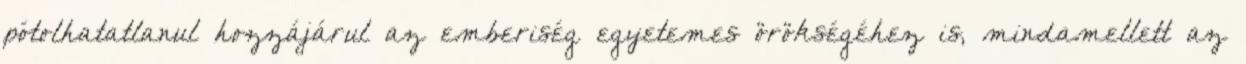
pótolhatatlanul hozzájárul az emberiség egyetemes örökségéhez is, mindamellett az